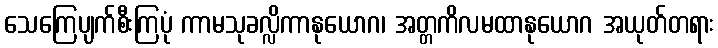
သေကြေပျက်စီးကြပုံ ကာမသုခလ္လိကာနုယောဂ၊ အတ္တကိလမထာနုယောဂ အယုတ်တရား